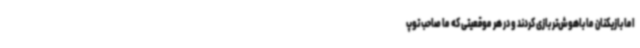
اما بازیکنان ما باهوش‌تر بازی کردند و در هر موقعیتی که ما صاحب توپ